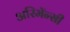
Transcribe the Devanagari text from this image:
अरिमॅन्सी